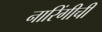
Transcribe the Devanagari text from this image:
नारिंगीची